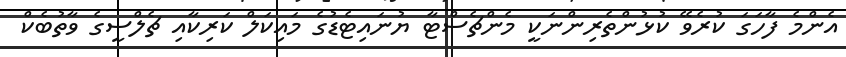
އެންމެ ފާހަގަ ކުރެވޭ ކުޅުންތެރިންނަކީ މެންޗެސްޓާ ޔުނައިޓެޑުގެ މައިކަލް ކަރިކާއި ޗެލްސީގެ ވާތުބެކް